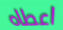
اعطاه